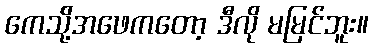
ကေသို့်အဖေကတော့ ဒီလို မမြင်ဘူး။